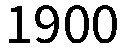
1900